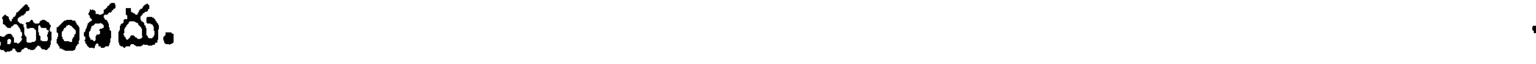
ముండదు.